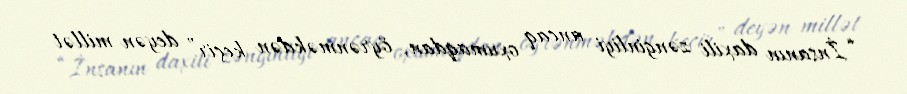
“İnsanın daxili zənginliyi ancaq oxumaqdan, öyrənməkdən keçir” deyən millət